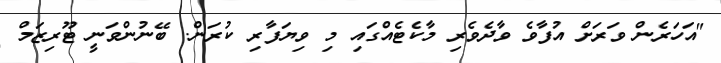
"އަހަރެން ވަރަށް އުފާވެ ވާދެވެރި މާކެޓެއްގައި މި ވިޔަފާރި ކުރަން. ބޭނުންވަނީ ޓޫރިޒަމް